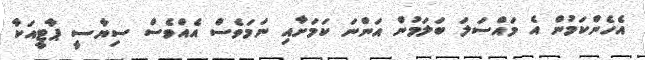
އެެހެންކަމުން އެ މައްސަލަ ބަލަމުން އަންނަ ކަމަށާއި ނަމަވެސް އެއްވެސް ސިޔާސީ ޕާޓީއަކާ